Report on vaccination in Madras 1904-1921 - 1904-1921
Year: 1904
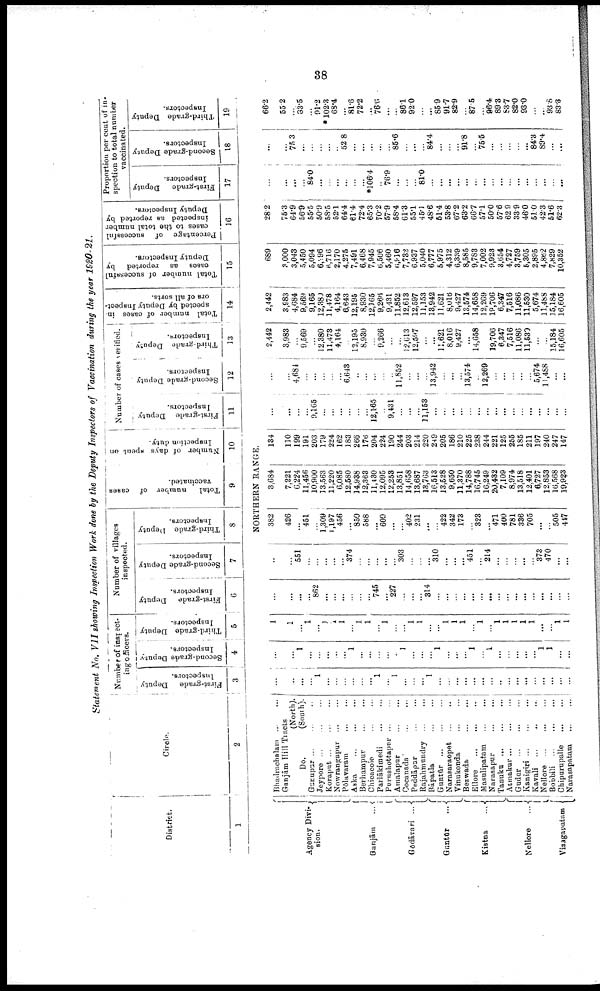
38
Statement No. VII showing Inspection Work done by the Deputy Inspectors of Vaccination during the year 1920-21.
District.
1
Agency Divi-
sion.
Ganjām
...
Gōdavari ...
Guntūr
...
Kistna
...
Nellore
...
Vizagapatam
Circle.
2
Number of inspect-
ing officers.
First-grade Deputy
Inspectors.
3
Second-grade Deputy
Inspectors.
4
Third-grade Deputy
Inspectors.
5
Number of villages
inspected.
First-grade Deputy
Inspectors.
6
Second-grade Deputy
Inspectors.
7
Third-grade Deputy
Inspectors.
8
Total
number of cases
vaccinated.
9
Number of days spent on
Inspection duty.
10
Number of cases verified.
First-grade Deputy
Inspectors.
11
Second-grade Deputy
Inspectors.
12
Third-grade Deputy
Inspectors.
13
Total number of cases in-
spected by Deputy Inspect
ors of all sorts.
14
Total number of successful
cases
as
reported
by
Deputy Inspectors.
15
Percentage of
successful
cases to the total number
inspected as reported by
Deputy Inspectors.
16
Proportion per cont of in
spection to total number
vaccinated.
First-grade
Deputy
Inspectors.
17
Second-grade Deputy
Inspectors.
18
Third-grade Deputy
Inspectors.
19
NORTHERN RANGE.
Bhadrachalam
...
...
Ganjām Hill Tracts
(North).
Do.
(South).
Gunupur ... ... ...
Jeypore ... ... ...
Koraput ... ... ...
Nowrangapur ... ...
Pōlavaram... ... ...
Aska
...
...
...
Berhampur ... ...
Chicacole
...
...
Parlākimedi
...
...
Purushottapur ... ...
Amalapur ... ...
Cocanada ... ...
Peddāpar
...
...
Rajahmundry ... ...
Bāpatla
...
Guntūr
...
...
...
Narasaraopet
...
...
Vinukonda
...
...
Bezwada
...
...
Ellore
...
...
...
Masulipatam
...
...
Narasapur
...
...
Tanuku
...
...
...
Atmakur
...
...
...
Gudur
...
...
...
Kanigiri
...
...
...
Kavali ... ... ...
Nellore
...
...
...
Bobbili
...
...
...
Chipurupalle
...
...
Narasapatam
...
...
...
...
...
...
1
...
...
...
...
...
...
1
...
1
...
...
...
1
...
...
...
...
...
...
...
...
...
...
...
...
...
...
...
...
...
...
1
...
...
...
...
... 1
...
...
...
...
...
1
...
...
...
1
...
...
...
1
...
1
...
...
...
...
...
1
1
...
...
1
1
...
1
...
1
1
1
...
1
1
...
1
...
...
1
1
...
...
1
1
1
...
1
...
1
1
1
1
1 ...
...
1
1
...
...
...
...
862
...
...
...
...
...
...
745
...
227
...
...
...
314
...
...
...
...
...
...
...
...
...
...
...
...
...
...
...
...
...
...
551
...
...
...
...
...
374
...
...
...
...
...
303
...
...
...
310
...
...
...
451
...
214
...
...
...
...
...
373
470
...
...
382
426
... 451
...
1,309
1,197
456
... 850
588
...
609
...
... 402
231
...
...
422
342
173
...
323
...
471
400
781
336
705
...
...
505
447
3,684
7,221
6,224
11,456
10,900
13,563
11,220
6,085
12,580
14,938
12,363
11,430
12,095
12,253
13,851
14,658
13,687
13,763
16,513
13,528
9,650
11,370
14,788
16,745
16,249
20,432
7,109
8,974
13,518
12,401
6,727
12,853
16,568
19,923
134
110
199
191
203
179
224
162
183
266
176
204
224
190
244
203
214
220
249
205
186
210
225
238
244
221
125
255
185
211
197
240
247
147
...
...
...
...
9,165
...
...
...
...
...
...
12,165
...
9,431
...
...
...
11,153
...
...
...
...
...
...
...
...
...
...
...
...
...
...
...
...
...
...
4,684
...
...
...
...
...
6,643
...
...
...
...
...
11,852
...
...
...
13,942
...
...
...
13,574
...
12,269
...
...
...
...
...
5,674
11,488
...
...
2,442
3,983
...
9,569
...
12,380
11,473
4,164
...
12,195
8,930
...
9,266
...
...
12,613
12,597
...
...
11,621
8,016
9,427
...
14,658
...
19,706
6,347
7,516
11,086
11,530
...
...
15,184
16,605
2,442
3,983
4,684
9,569
9,165
12,380
11,478
4,164
6,643
12,195
8,930
12,165
9,266
9,431
11,852
12,613
12,597
11,153
13,942
11,621
8,016
9,427
13,574
14,658
12,269
19,706
6,347
7,516
11,086
11,530
5,674
11,488
15,184
16,605
689
3,000
3,043
5,450
5,094
6,196
6,716
2,170
4,275
7,491
6,468
7,945
6,506
5,460
6,916
7,732
6,937
5,040
6,777
5,975
4,312
6,339
8,585
9,783
7,002
9,923
3,654
4,727
3,759
5,305
2,895
4,862
7,829
10,352
28.2
75.3
64.9
56.9
55.5
50.9
58.5
52.1
64.4
61.4
72.4
65.3
70.2
57.9
58.4
61.3
55.1
45.1
48.6
51.4
53.8
67.2
63.2
66.7
57.1
50.0
57.6
62.9
33.9
46.0
51.0
42.3
51.6
62.3
...
...
...
...
84.0
...
...
...
...
...
...
*106.4
...
76.9
...
...
...
81.0
...
...
...
...
...
...
...
...
...
...
...
...
...
...
...
...
...
...
75.3
...
...
...
...
... 52.8
...
...
...
...
...
85.6
...
...
...
84.4
...
...
...
91.8
...
75.5
...
...
...
...
... 84.3
89.4
...
...
66.2
55.2
...
33.5
...
91.2
*102.3
68.4
... 81.6
72.2
...
76.6
...
... 86.1
92.0
...
... 85.9
91.7
82.9
...
87.5
...
96.4
89.3
53.7
82.0
93.0
...
...
93.8
83.3